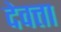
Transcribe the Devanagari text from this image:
देवत्ता